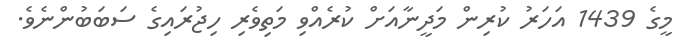
މީގެ 1439 އަހަރު ކުރިން މަދީނާއަށް ކުރެއްވި މަތިވެރި ހިޖުރައިގެ ސަބަބުންނެވެ.